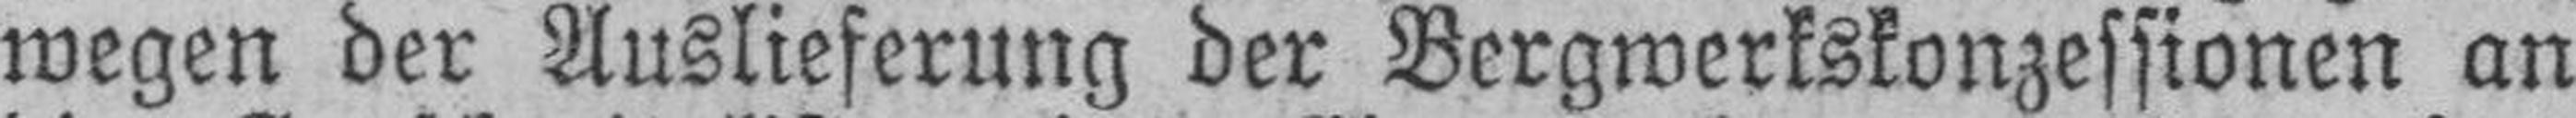
wegen der Auslieferung der Bergwerkskonzessionen an